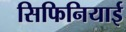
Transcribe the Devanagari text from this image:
सिफिनियाई